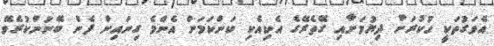
އެވަގުތަކީ ހުކުރަށް ދިޔުމަށާއި ގޭތެރޭގެ އެކިއެކި ކަންކަމަށް އެންމެ ގިނައިން ފެން ބޭނުންކުރެވޭ